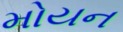
મોયન